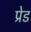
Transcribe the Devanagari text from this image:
प्रेड